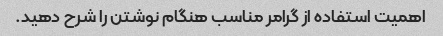
اهمیت استفاده از گرامر مناسب هنگام نوشتن را شرح دهید.